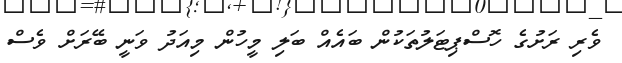
ވެރި ރަށުގެ ހޮސްޕިޓަލުތަކުން ބައެއް ބަލި މީހުން މިއަދު ވަނީ ބޭރަށް ވެސް